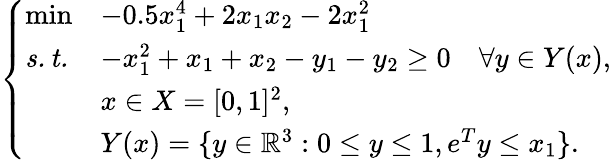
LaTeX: \left\{ \begin{array}{lll}{\operatorname*{min}}&{-0.5x_{1}^{4}+2x_{1}x_{2}-2x_{1}^{2}}\\ {\mathit{s.t.}}&{-x_{1}^{2}+x_{1}+x_{2}-y_{1}-y_{2}\geq 0\quad\forall y\in Y(x),}\\ &{x\in X=[0,1]^{2},}\\ &{Y(x)=\{ y\in\mathbb{R}^{3}:0\leq y\leq 1,e^{T}y\leq x_{1}\} .}\end{array}\right.